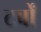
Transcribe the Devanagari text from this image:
टर्बों